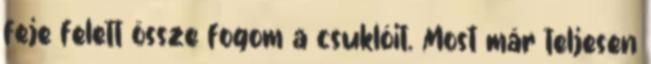
feje felett össze fogom a csuklóit. Most már teljesen